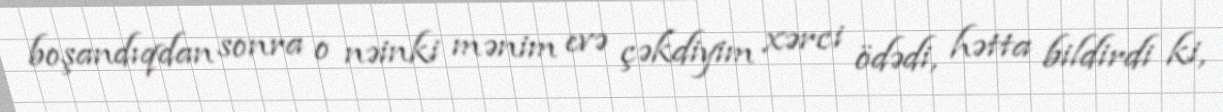
boşandıqdan sonra o nəinki mənim evə çəkdiyim xərci ödədi, hətta bildirdi ki,